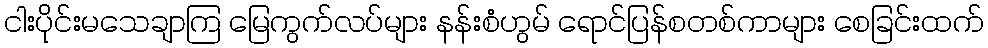
ငါးပိုင်းမသေချာကြ မြေကွက်လပ်များ နန်းစံဟွမ် ရောင်ပြန်စတစ်ကာများ စေခြင်းထက်